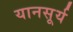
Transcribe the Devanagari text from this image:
यानसूर्य